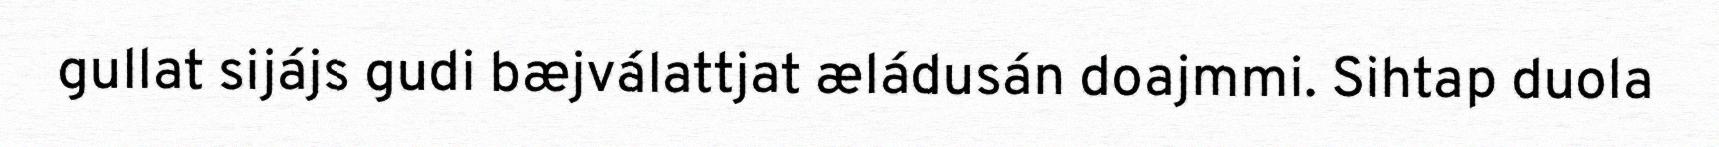
gullat sijájs gudi bæjválattjat æládusán doajmmi. Sihtap duola